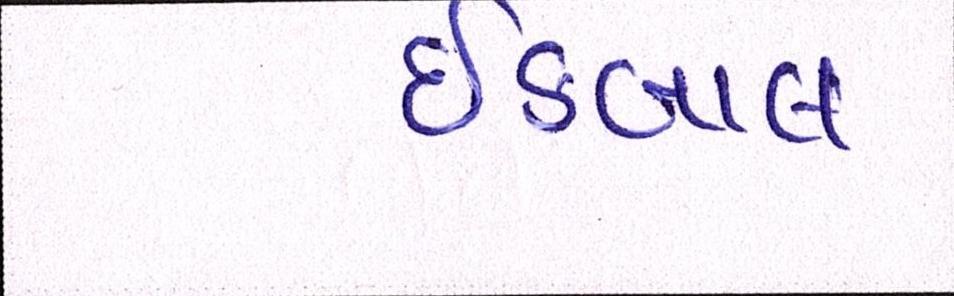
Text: ઈકબાલ